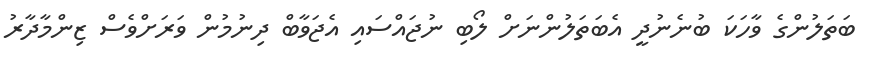
ބަތަލުންގެ ވާހަކަ ބުނެނުދީ އެބަތަލުންނަށް ލޯބި ނުޖައްސައި އެޖަވާބް ދިނުމުން ވަރަށްވެސް ޒިންމާދާރު